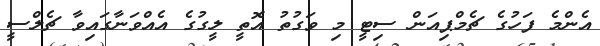
އެންމެ ފަހުގެ ޗެމްޕިއަން ސިޓީ މި ވަގުތު އޮތީ ލީގުގެ އެއްވަނާގައިވާ ޗެލްސީ